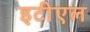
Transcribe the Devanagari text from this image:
इटीएल